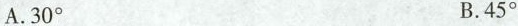
A.30^ { \circ } B.45^ { \circ }